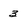
Character: 3